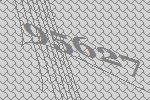
95627